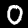
Label: 0